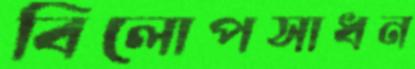
বিলোপসাধন